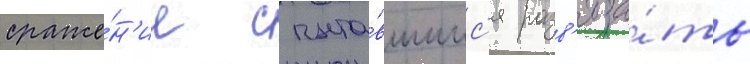
сраже́н'ие с пыта́вшимс'я разв'яза́ть